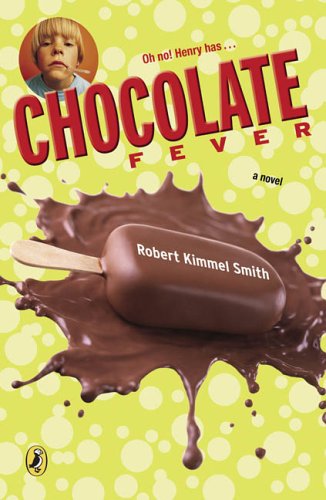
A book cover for Chocolate Fever; Robert Kimmel Smith; Cookbooks, Food & Wine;